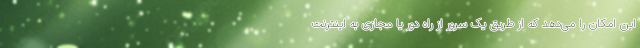
این امکان را می‌دهد که از طریق یک سرور از راه دور یا مجازی به اینترنت